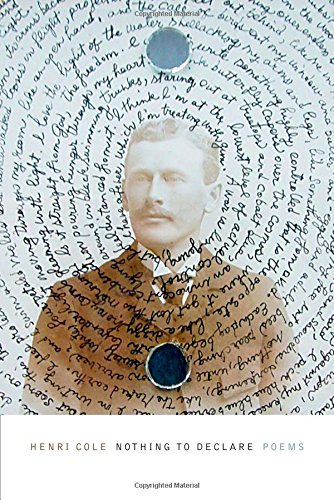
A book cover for Nothing to Declare: Poems; Henri Cole; Gay & Lesbian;